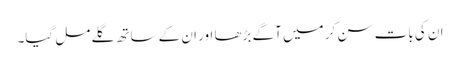
ان کی بات سن کر میں آگے بڑھا اور ان کے ساتھ گلے مل گیا۔